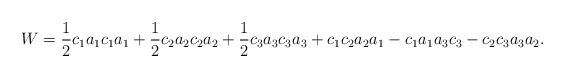
\begin{align*}W=\frac{1}{2}c_1a_1c_1a_1+\frac{1}{2}c_2a_2c_2a_2+\frac{1}{2}c_3a_3c_3a_3+c_1c_2a_2a_1-c_1a_1a_3c_3-c_2c_3a_3a_2.\end{align*}